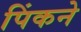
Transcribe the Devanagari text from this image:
पिंकने